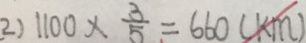
2 ) 1 1 0 0 \times \frac { 3 } { 5 } = 6 6 0 ( k m )